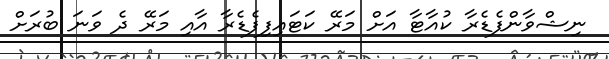
ނިޝްވާންފެޑެރާ ކުއާޓާ އަށް މަރޭ ކަޓައިފިފެޑެރާ އާއި މަރޭ ދެ ވަނަ ބުރަށް